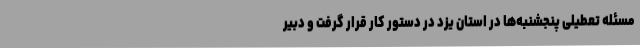
مسئله تعطیلی پنجشنبه‌ها در استان یزد در دستور کار قرار گرفت و دبیر